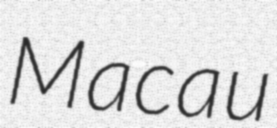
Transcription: Macau